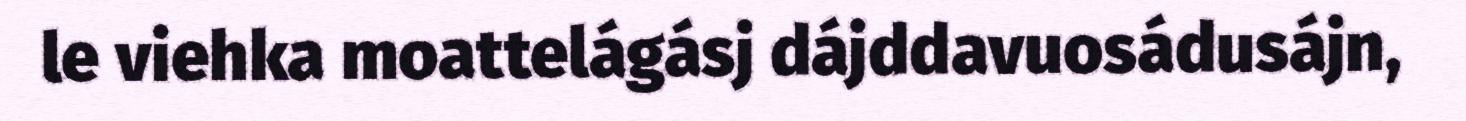
le viehka moattelágásj dájddavuosádusájn,